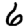
Digit: 6